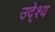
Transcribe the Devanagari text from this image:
उदे्श्य